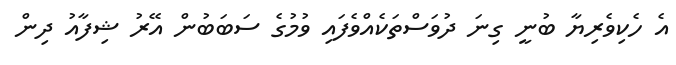
އެ ހެކިވެރިޔާ ބުނީ ގިނަ ދުވަސްތަކެއްވެފައި ވުމުގެ ސަބަބުން އޭރު ޝިފާއު ދިން